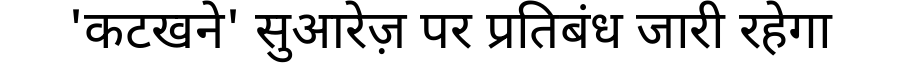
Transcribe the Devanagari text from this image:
'कटखने' सुआरेज़ पर प्रतिबंध जारी रहेगा